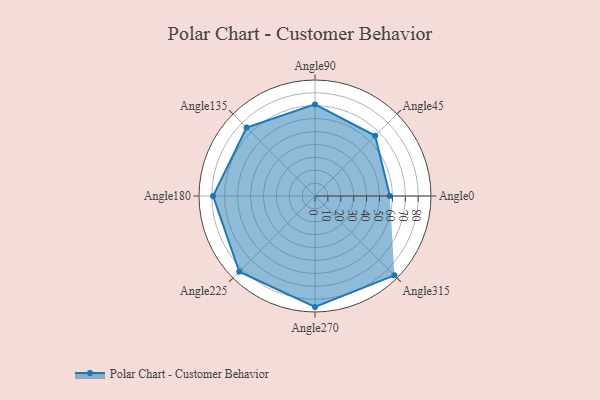
{"axis": {"x": "Angle", "y": "Radius"}, "legend": [""], "data": [{"x": "Angle0", "y": 58.0, "type": ""}, {"x": "Angle45", "y": 66.0, "type": ""}, {"x": "Angle90", "y": 71.0, "type": ""}, {"x": "Angle135", "y": 75.0, "type": ""}, {"x": "Angle180", "y": 79.0, "type": ""}, {"x": "Angle225", "y": 83.0, "type": ""}, {"x": "Angle270", "y": 86.0, "type": ""}, {"x": "Angle315", "y": 87.0, "type": ""}]}